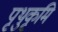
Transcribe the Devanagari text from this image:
पृथुकृमि